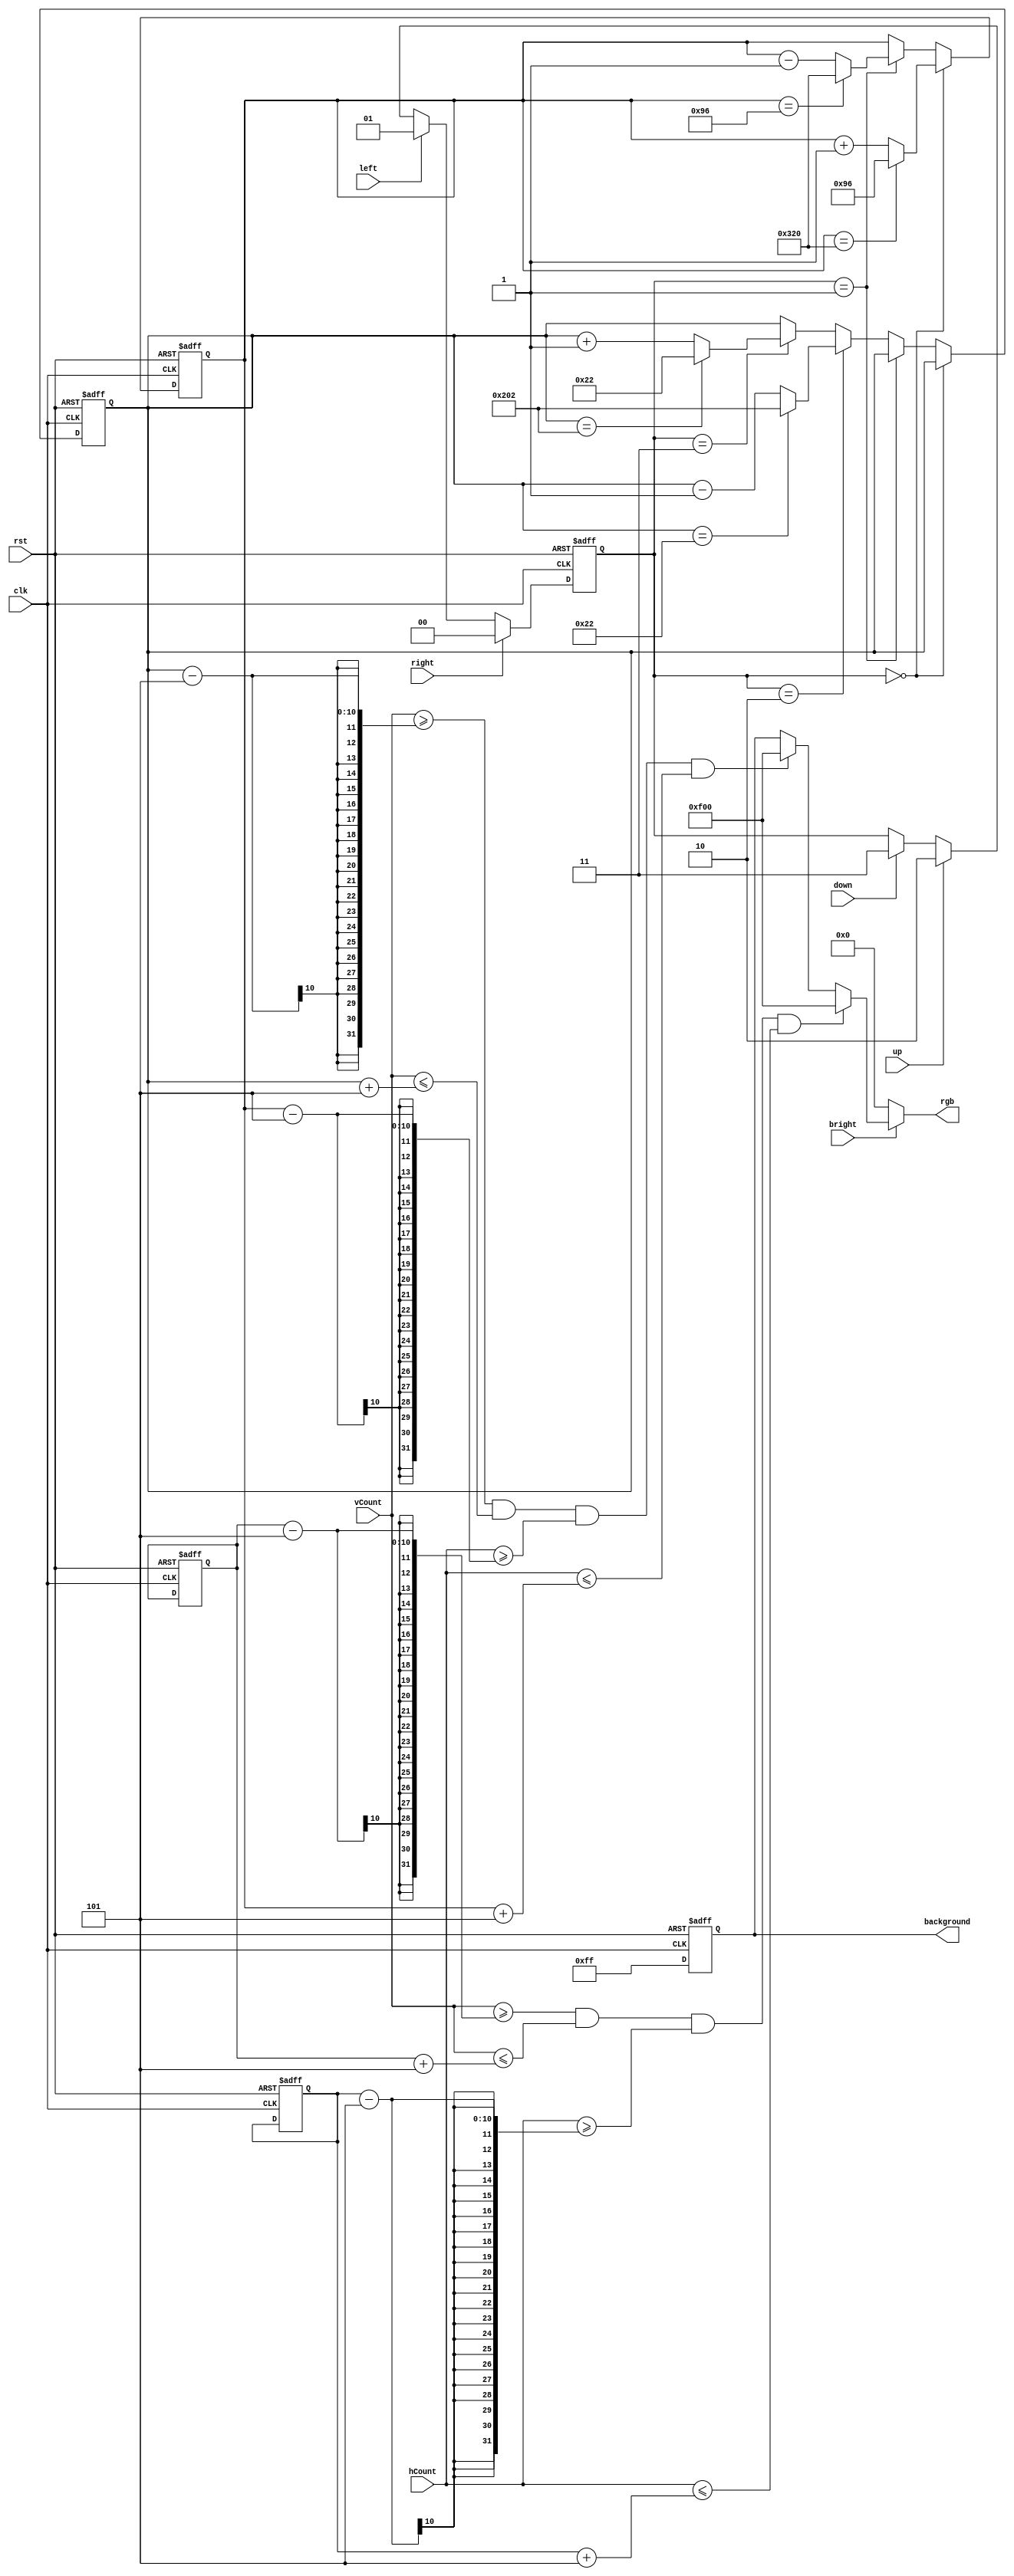
`timescale 1ns / 1ps

module block_controller(
	input clk, //this clock must be a slow enough clock to view the changing positions of the objects
	input bright,
	input rst,
	input up, input down, input left, input right,
	input [9:0] hCount, vCount,
	output reg [11:0] rgb,
	output reg [11:0] background
   );
	wire block_fill;
	wire apple_fill;
	integer appleCount = 0;
	//these two values dictate the center of the block, incrementing and decrementing them leads the block to move in certain directions
	reg [9:0] xpos, ypos;
	reg [9:0] appXPos, appYPos;
	reg [1:0] direction;
	reg apple, apple_inX, apple_inY;
	parameter RED   = 12'b1111_0000_0000;
	parameter BLUE = 12'b1111_1111_0000;
	parameter SPEED = 1'd1;
	
	/*when outputting the rgb value in an always block like this, make sure to include the if(~bright) statement, as this ensures the monitor 
	will output some data to every pixel and not just the images you are trying to display*/
	always@ (*) begin
    	if(~bright )	//force black if not inside the display area
			rgb = 12'b0000_0000_0000;
		else if (apple_fill) 
			rgb = RED; 
		else if (block_fill) 
			rgb = RED; 
		else	
			rgb=background;
	end

	
	assign apple_fill = vCount>=(appYPos-5) && vCount<=(appYPos+5) && hCount>=(appXPos-5) && hCount<=(appXPos+5);
	
		//the +-5 for the positions give the dimension of the block (i.e. it will be 10x10 pixels)
	assign block_fill= vCount>=(ypos-5) && vCount<=(ypos+5) && hCount>=(xpos-5) && hCount<=(xpos+5);
	
	always@(posedge clk, posedge rst) 
	begin
		if(rst)
		begin 
			//rough values for center of screen
			xpos<=450;
			ypos<=250;
			appXPos<=450;
			appYPos <= 250;
			direction<=2'b00;
		end
		else if (clk) begin
		
		/* Note that the top left of the screen does NOT correlate to vCount=0 and hCount=0. The display_controller.v file has the 
			synchronizing pulses for both the horizontal sync and the vertical sync begin at vcount=0 and hcount=0. Recall that after 
			the length of the pulse, there is also a short period called the back porch before the display area begins. So effectively, 
			the top left corner corresponds to (hcount,vcount)~(144,35). Which means with a 640x480 resolution, the bottom right corner 
			corresponds to ~(783,515).  
		*/
			//makes the direction continuous until a button changes it's direction
			if(right)
			begin
				direction <= 2'b00;
			end
			else if(left)
			begin
				direction <= 2'b01;
			end
			else if(up)
			begin
				direction <= 2'b10;
			end
			else if(down)
			begin
				direction <= 2'b11;
			end
			
			if(direction == 2'b00) begin
				xpos<=xpos+SPEED; //change the amount you increment to make the speed faster 
				if(xpos==800) //these are rough values to attempt looping around, you can fine-tune them to make it more accurate- refer to the block comment above
					xpos<=150;
			end
			else if(direction == 2'b01) begin
				xpos<=xpos-SPEED;
				if(xpos==150)
					xpos<=800;
			end
			else if(direction == 2'b10) begin
				ypos<=ypos-SPEED;
				if(ypos==34)
					ypos<=514;
			end
			else if(direction == 2'b11) begin
				ypos<=ypos+SPEED;
				if(ypos==514)
					ypos<=34;
			end
		end
	end
	
	//the background color reflects the most recent button press
	always@(posedge clk, posedge rst) begin
		if(rst)
			background <= 12'b1111_1111_1111;
		else 
			background <= 12'b0000_1111_1111;
			//if(right)
				// background <= 12'b1111_1111_0000;
			// else if(left)
				// background <= 12'b0000_1111_1111;
			// else if(down)
				// background <= 12'b0000_1111_0000;
			// else if(up)
				// background <= 12'b0000_0000_1111;
	end
	
	// always@(posedge clk)
	// begin	
		// appleCount = appleCount + 1;
		// apple_inX <= (xpos > appXPos && xpos < (appXPos + 10));
		// apple_inY <= (ypos > appYPos && ypos < (appYPos + 10));
		// apple = apple_inX && apple_inY;
		// if(appleCount == 1)
		// begin
			// appXPos <= 320;
			// appYPos <= 100;
		// end
		// else
		// begin
			// if(apple)
			// begin
				// if(appleCount%2 == 0)
				// begin
					// appXPos <= 320;
					// appYPos <= 100;
				// end
				// else
				// begin 
					// appXPos <= 320;
					// appYPos <= 100;
				// end
			// end
		// end
	// end
			
			

	
	
endmodule